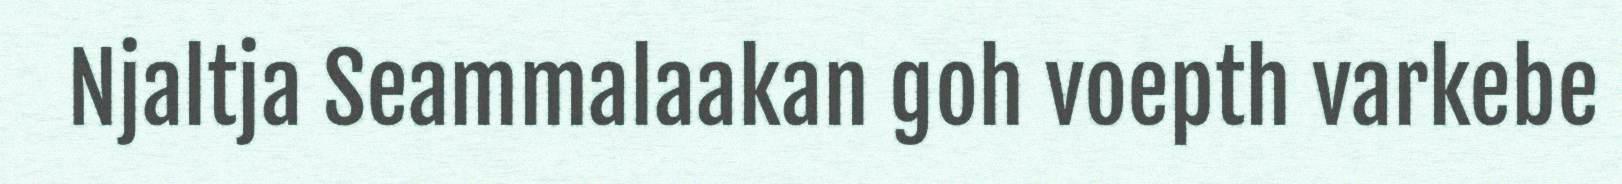
Njaltja Seammalaakan goh voepth varkebe